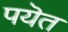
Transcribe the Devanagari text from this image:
पयॆत